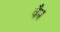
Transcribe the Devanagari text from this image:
वैम